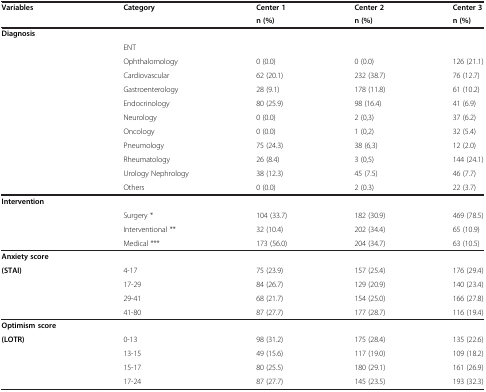
| Variables | Category | Center 1 | Center 2 | Center 3 |
 |  |  | n (%) | n (%) | n (%) |
 | --- | --- | --- | --- | --- |
 | Diagnosis |  |  |  |  |
 |  | ENT |  |  |  |
 |  | Ophthalomology | 0 (0.0) | 0 (0.0) | 126 (21.1) |
 |  | Cardiovascular | 62 (20.1) | 232 (38.7) | 76 (12.7) |
 |  | Gastroenterology | 28 (9.1) | 178 (11.8) | 61 (10.2) |
 |  | Endocrinology | 80 (25.9) | 98 (16.4) | 41 (6.9) |
 |  | Neurology | 0 (0.0) | 2 (0,3) | 37 (6.2) |
 |  | Oncology | 0 (0.0) | 1 (0,2) | 32 (5.4) |
 |  | Pneumology | 75 (24.3) | 38 (6,3) | 12 (2.0) |
 |  | Rheumatology | 26 (8.4) | 3 (0,5) | 144 (24.1) |
 |  | Urology Nephrology | 38 (12.3) | 45 (7.5) | 46 (7.7) |
 |  | Others | 0 (0.0) | 2 (0.3) | 22 (3.7) |
 | Intervention |  |  |  |  |
 |  | Surgery * | 104 (33.7) | 182 (30.9) | 469 (78.5) |
 |  | Interventional ** | 32 (10.4) | 202 (34.4) | 65 (10.9) |
 |  | Medical *** | 173 (56.0) | 204 (34.7) | 63 (10.5) |
 | Anxiety score |  |  |  |  |
 | (STAI) | 4-17 | 75 (23.9) | 157 (25.4) | 176 (29.4) |
 |  | 17-29 | 84 (26.7) | 129 (20.9) | 140 (23.4) |
 |  | 29-41 | 68 (21.7) | 154 (25.0) | 166 (27.8) |
 |  | 41-80 | 87 (27.7) | 177 (28.7) | 116 (19.4) |
 | Optimism score |  |  |  |  |
 | (LOTR) | 0-13 | 98 (31.2) | 175 (28.4) | 135 (22.6) |
 |  | 13-15 | 49 (15.6) | 117 (19.0) | 109 (18.2) |
 |  | 15-17 | 80 (25.5) | 180 (29.1) | 161 (26.9) |
 |  | 17-24 | 87 (27.7) | 145 (23.5) | 193 (32.3) |